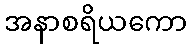
အနာစရိယကော